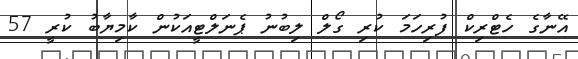
އޭނާގެ ހެޓްރިކް ފުރިހަމަ ކުރި ގޯލް ލިބުނު ޕެނަލްޓީއަކުން ކާމިޔާބު ކުރީ 57